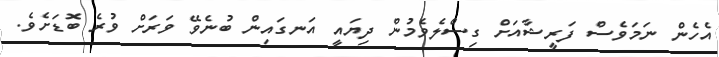
އެހެން ނަމަވެސް ފަރީޝާއަށް ގިސްލެވެމުން ދިޔައީ އަނގައިން ބުނެވޭ ވަރަށް ވުރެ ބޮޑަށެވެ.